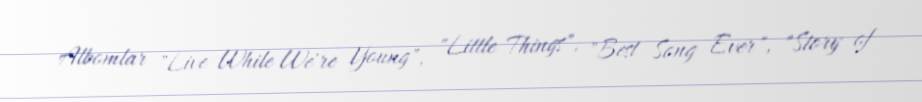
Albomlar "Live While We're Young", "Little Things", "Best Song Ever", "Story of